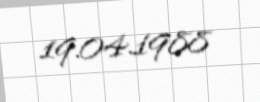
19.04.1988